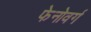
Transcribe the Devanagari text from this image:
फेनोवर्ग